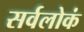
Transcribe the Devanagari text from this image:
सर्वलोकं